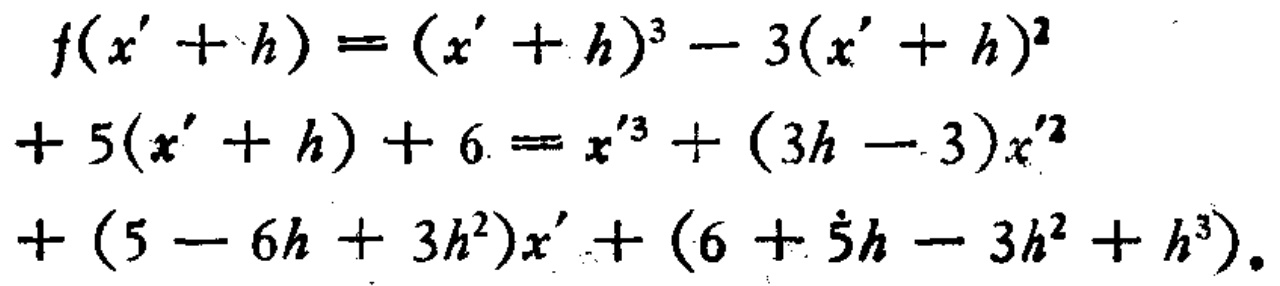
\[
\begin{align*}
f(x' + h)&=(x' + h)^3 - 3(x' + h)^2\\
+5(x' + h)+6&=x'^3+(3h - 3)x'^2\\
+(5 - 6h + 3h^2)x'+(6 + 5h - 3h^2 + h^3).
\end{align*}
\]